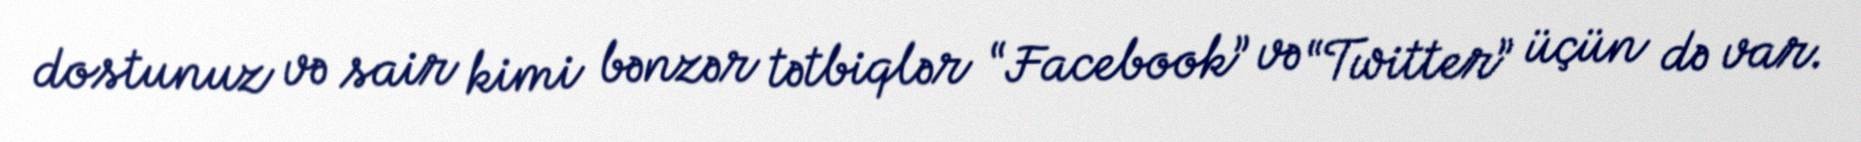
dostunuz və sair kimi bənzər tətbiqlər “Facebook” və “Twitter” üçün də var.